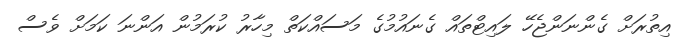
އިތުރަށް ގެންނަންޖެހޭ ލައިޓްތައް ގެނައުމުގެ މަސައްކަތް މިހާރު ކުރަމުން އަންނަ ކަމަށް ވެސް